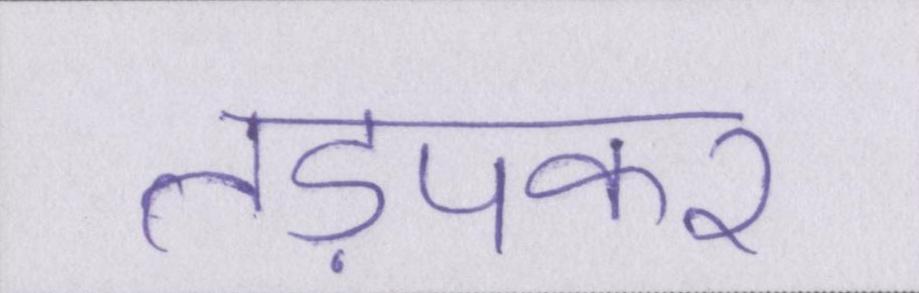
तड़पकर